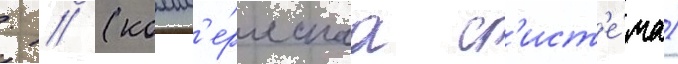
. // (комм'е́рческаа с'ист'е́ма)